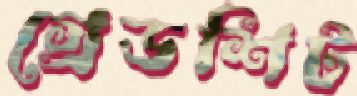
গ্রেডশিট